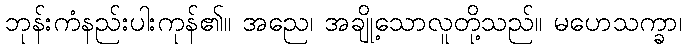
ဘုန်းကံနည်းပါးကုန်၏။ အညေ၊ အချို့သောလူတို့သည်။ မဟေသက္ခာ၊